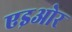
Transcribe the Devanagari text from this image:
एइओर